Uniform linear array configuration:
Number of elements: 4
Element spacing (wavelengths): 1
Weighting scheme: cosine
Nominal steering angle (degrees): -30
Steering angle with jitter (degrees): -30.417
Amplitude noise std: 0.05
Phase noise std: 0.05

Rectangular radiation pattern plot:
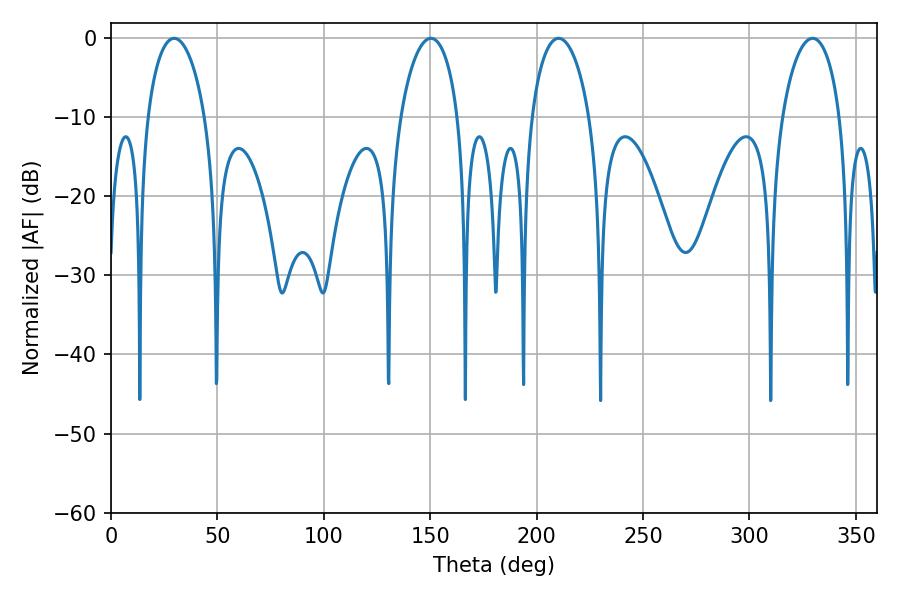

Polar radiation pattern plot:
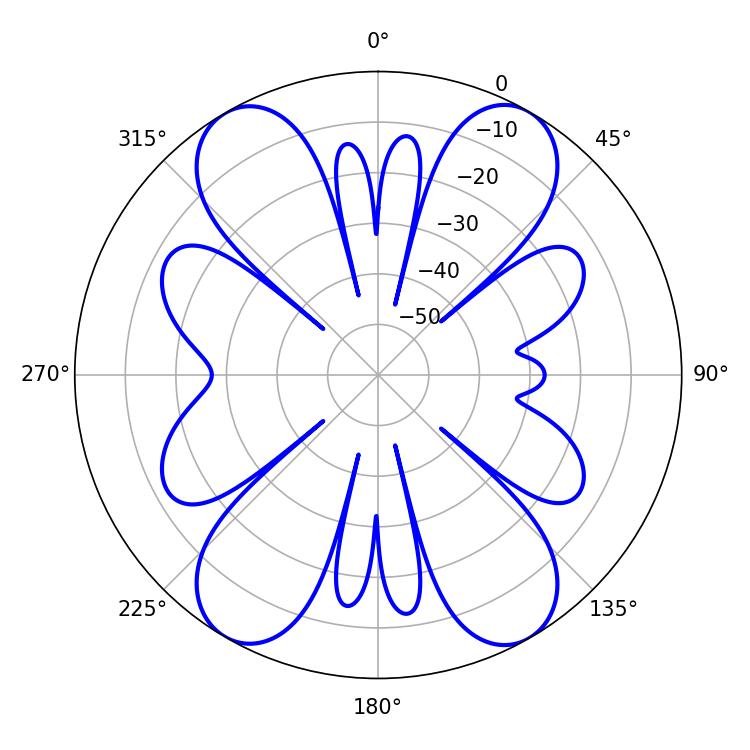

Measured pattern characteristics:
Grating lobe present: TRUE
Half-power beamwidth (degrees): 15.48
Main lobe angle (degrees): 29.7